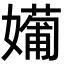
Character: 𡢼